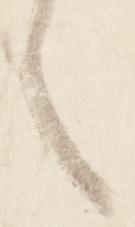
之